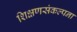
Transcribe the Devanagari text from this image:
शिक्षणसंकल्पना